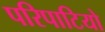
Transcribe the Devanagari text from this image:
परिपाटियो